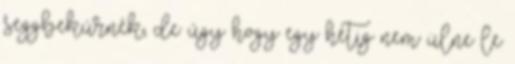
seggbekúrnék, de úgy hogy egy hétig nem ülne le